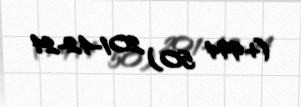
(+994 50) 201-42-24